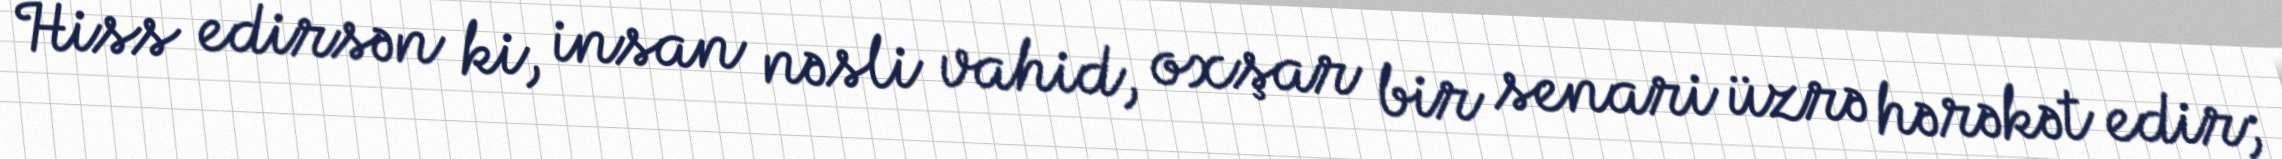
Hiss edirsən ki, insan nəsli vahid, oxşar bir senari üzrə hərəkət edir;